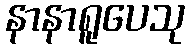
နာနာရူပေသု